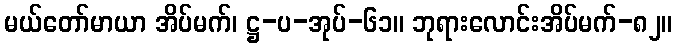
မယ်တော်မာယာ အိပ်မက်၊ ဋ္ဌ-ပ-အုပ်-၆၁။ ဘုရားလောင်းအိပ်မက်-၈၂။